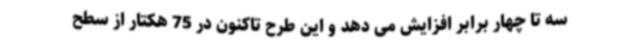
سه تا چهار برابر افزایش می دهد و این طرح تاکنون در 75 هکتار از سطح